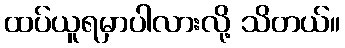
ထပ်ယူရမှာပါလားလို့ သိတယ်။